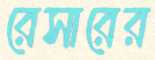
রেসারের